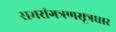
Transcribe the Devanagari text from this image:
समरांगत्रणसूत्रधार